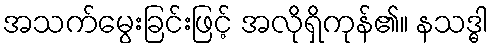
အသက်မွေးခြင်းဖြင့် အလိုရှိကုန်၏။ နသဒ္ဓါ